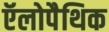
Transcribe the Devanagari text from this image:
ऍलोपैथिक